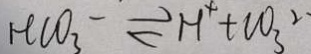
H C O _ { 3 } ^ { - } \rightleftharpoons H ^ { + } + C O _ { 3 } ^ { 2 }